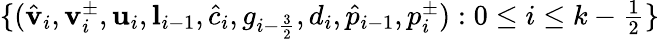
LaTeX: \begin{array}{r}{\{ (\hat{\mathbf{v}}_{i},\mathbf{v}_{i}^{\pm},\mathbf{u}_{i},\mathbf{l}_{i-1},\hat{c}_{i},g_{i-\frac{3}{2}},d_{i},\hat{p}_{i-1},p_{i}^{\pm}):0\leq i\leq k-\frac 12\} }\end{array}